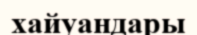
хайуандары